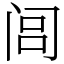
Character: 闾